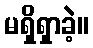
မရှိရှာခဲ့။